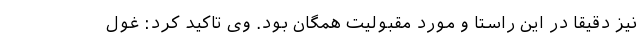
نیز دقیقا در این راستا و مورد مقبولیت همگان بود. وی تاکید کرد: غول